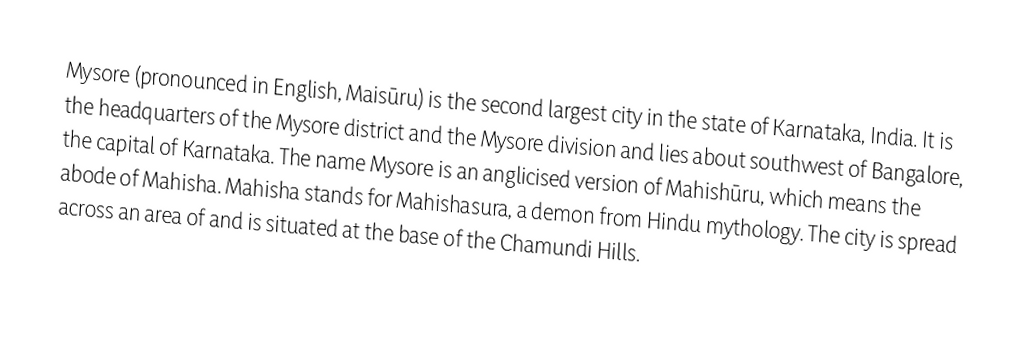
Mysore (pronounced  in English,  Maisūru) is the second largest city in the state of Karnataka, India. It is the headquarters of the Mysore district and the Mysore division and lies about  southwest of Bangalore, the capital of Karnataka. The name Mysore is an anglicised version of Mahishūru, which means the abode of Mahisha. Mahisha stands for Mahishasura, a demon from Hindu mythology. The city is spread across an area of  and is situated at the base of the Chamundi Hills.